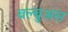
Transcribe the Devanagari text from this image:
बल्बुअस